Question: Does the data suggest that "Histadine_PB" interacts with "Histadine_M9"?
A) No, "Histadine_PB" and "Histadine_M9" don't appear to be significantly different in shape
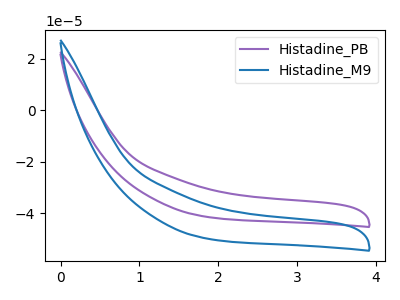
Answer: <think>The purple curve "Histadine_PB" has no peaks. The blue curve "Histadine_M9" has no peaks.
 Neither "Histadine_PB" or "Histadine_M9" have any peaks.</think>
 <answer>A) No, "Histadine_PB" and "Histadine_M9" don't appear to be significantly different in shape</answer>
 <eval>A</eval>